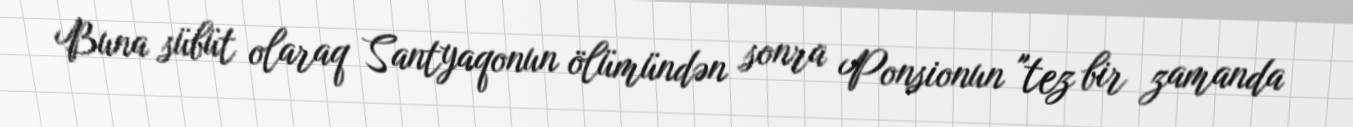
Buna sübüt olaraq Santyaqonun ölümündən sonra Ponsionun "tez bir zamanda